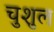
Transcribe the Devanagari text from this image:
चुशुल